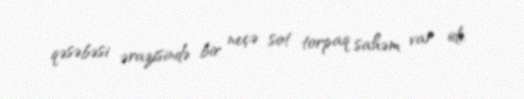
qəsəbəsi ərazisində bir neçə sot torpaq sahəm var idi.